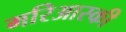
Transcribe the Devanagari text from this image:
मरिआस्की